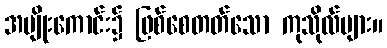
အမျိုးကောင်း၌ ဖြစ်စေတတ်သော ကုသိုလ်များ။